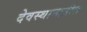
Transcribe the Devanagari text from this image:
देवस्थानातील